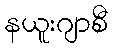
နယူးဂျာစီ